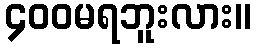
၄၀၀မရဘူးလား။